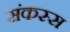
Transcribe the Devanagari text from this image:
संकस्स